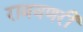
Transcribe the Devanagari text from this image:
राबवणरी